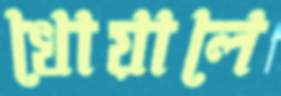
খোয়ালে